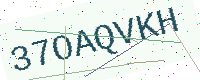
Text: 37OAQVKH